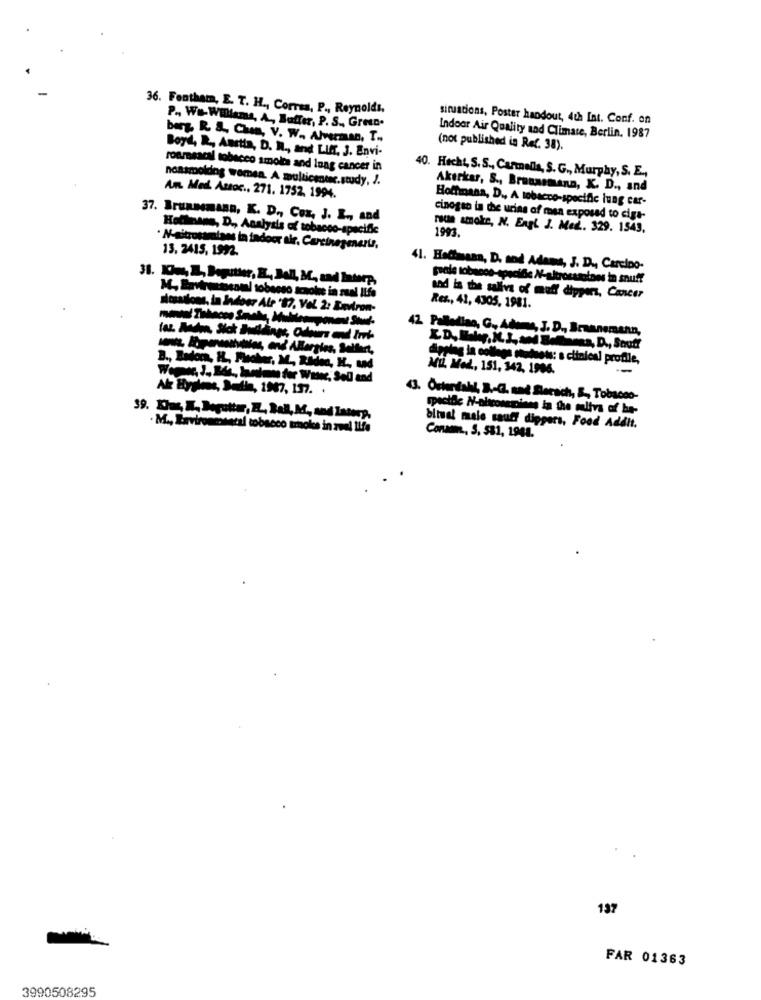
36. Fenthem, E. T. H ., Correa, P ., Reynolds,
situations, Poster handout, 4u Int. Conf. on
P ., Wo-Willems, A, Buffer, P. S ., Green.
berg, R & Chon, V. W ., Alverman, T ..
Indoor Air Quality and Climate, Berlin. 1987
(not published in Ref. 38).
Boyd, R, Austin, D. R ., and LIKT, J. Envi-
roamsscal tobacco smoke and lung cancer in
40. Hecht, S. S ., Carmella, S. G ., Murphy, S. E .,
noasmolding women. A multicentsc.study, J.
Akerkar, S ., Brunnemann, K. D ., and
An. Med. Amsoc ., 271. 1752. 1994.
Hoffmana, D ., A tobacco-specific lung car-
37. Brunnemann, K. D ., Coz, J. L ., and
cinogso in the urins of man exposed to cige-
Hoffinans, D ., Analysis of tobacco-specific
roue smoke, N. Engl J. Med .. 329. 1543.
1993.
13. 2415, 1992.
41. Hellmann, D. and Adams, J. D ., Carcino-
31. Im, E, Bogitter, B ., Dell, M, sad Interp,
M, Environcom! tobeeso scnohe in sual ILfs
and is the saliva of muff dippers, Cancer
Res ., 41, 4305. 1981.
diosaddons, in Indoor Ale 'S ?, Vel 2: Environ-
42 Palladiao, G ., Ademas, J. D ., Brunnemann,
Mente, Aparmaathina, and Allergies, Selleri,
dipplag in college students: s clinical profile,
B ., Badorn, H ., Plocher, M ., Ridon, H ., and
MIL Med ., 151, 342, 1906.
Alz Byglass, Bath, 1907, 137. .
43. Österiakıl, 3 .- G. nad Berach, & -, Tobacco-
39. Ehus, W. Deputter, Z, Sal, M, and laterp,
. M ., Eavironmineral tobacco smokes in zwal ILfs
bliust male sauff dippers, Food Addit.
Conam ., 3, 581, 1944.
137
FAR 01363
3990508295